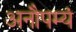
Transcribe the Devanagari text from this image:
अनौपम्यं